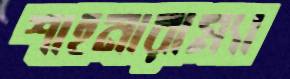
শাহনারাম্যা